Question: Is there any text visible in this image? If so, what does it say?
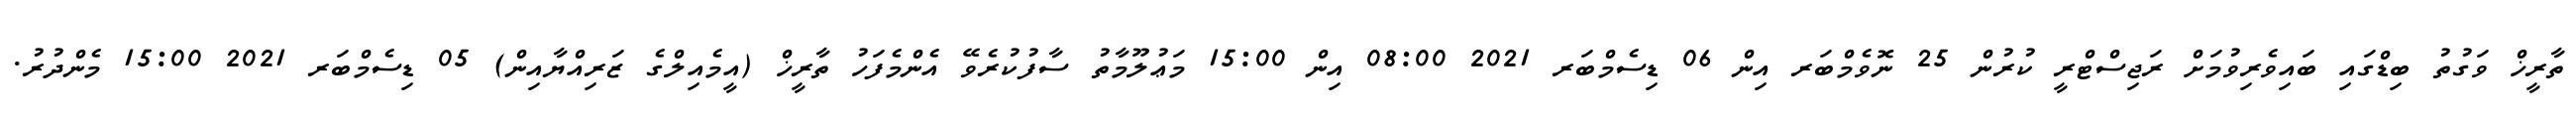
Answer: ތާރީޚް ވަގުތު ބިޑްގައި ބައިވެރިވުމަށް ރަޖިސްޓްރީ ކުރުން 25 ނޮވެމްބަރ އިން 06 ޑިސެމްބަރ 2021 08:00 އިން 15:00 މަޢުލޫމާތު ސާފުކުރެވޭ އެންމެފަހު ތާރީޚް (އީމެއިލްގެ ޒަރިއްޔާއިން) 05 ޑިސެމްބަރ 2021 15:00 މެންދުރު.